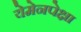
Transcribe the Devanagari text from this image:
येमेनपेक्षा